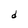
Character: d